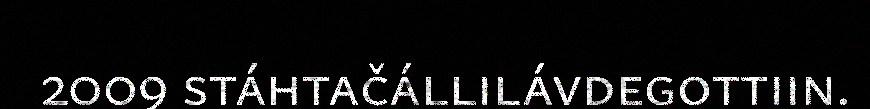
2009 stáhtačállilávdegottiin.